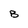
Character: B